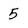
Character: 5